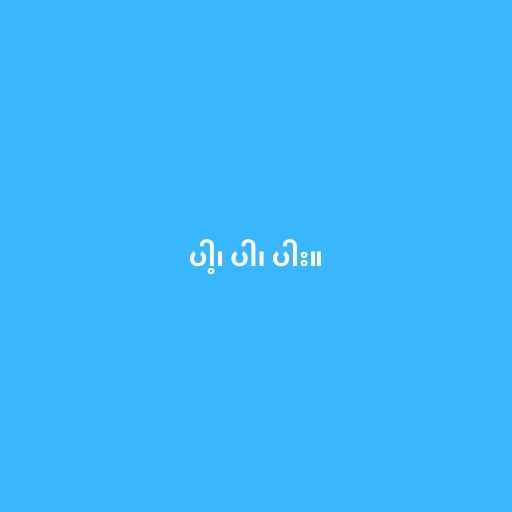
ပါ့၊ ပါ၊ ပါး။